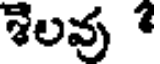
శెలవు *